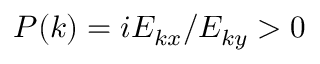
P ( k ) = i E _ { k x } / E _ { k y } > 0